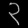
Digit: ၃